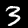
Label: 3